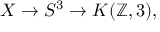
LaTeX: X \to S ^ { 3 } \to K ( \mathbb { Z } , 3 ) ,